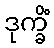
ဒုက္ခိံ